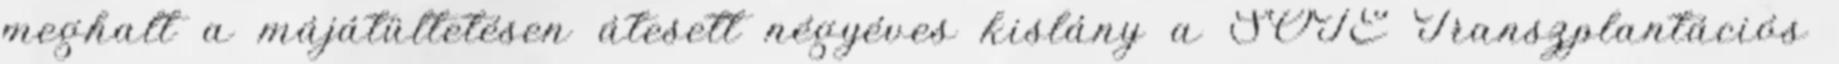
meghalt a májátültetésen átesett négyéves kislány a SOTE Transzplantációs